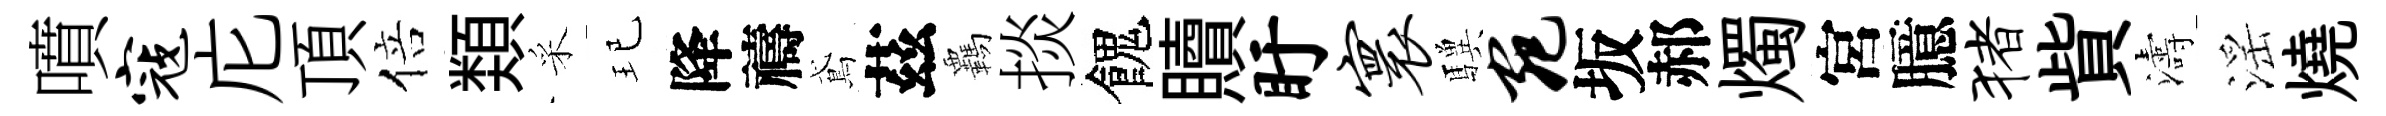
噴寇庀頂倍𩔖采玘降禱鳶茲覊掞餽贖盱寰驥宛坂郝燭宮臆猪貲濤滛燒